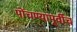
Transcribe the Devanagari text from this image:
पोंचण्यापूर्वीच